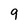
Character: 9